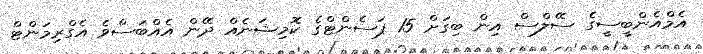
އެމްއެންބީސީގެ ސޭލްސް އިިން ބިގަށް 15 ޕަސެންޓްގެ ކޮމިޝަނެއް ދޭން އެއްބަސްވެ އެގްރިމަންޓް